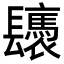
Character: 𨳀